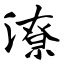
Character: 潦